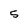
Character: 5